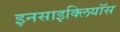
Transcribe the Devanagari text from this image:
इनसाइक्लियॉस